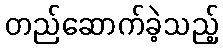
တည်ဆောက်ခဲ့သည့်